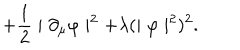
+ \frac { 1 } { 2 } \mid \partial _ { \mu } \varphi \mid ^ { 2 } + \lambda ( \mid \varphi \mid ^ { 2 } ) ^ { 2 } .